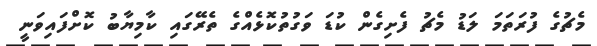
މެޗުގެ ފުރަތަމަ ލަޑު މެޗު ފެށިގެން ކުޑަ ވަގުތުކޮޅެއްގެ ތެރޭގައި ކާމިޔާބު ކޮށްފައިވަނީ